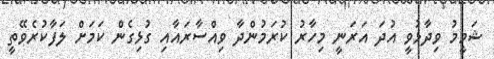
ޝަމީމު ވިދާޅުވީ އުދަ އަރަނީ މިހާރު ކުރަމުންދާ ވިއްސާރައާއި ގުޅިގެން ކަމަށް ލަފާކުރެވޭތީ